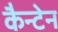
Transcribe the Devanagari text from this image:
कैन्टेन